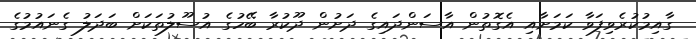
ގާއިމުކުރެވިފަވާ ކަަމަށާއި އެގޮތުން އާސަންދައިގެ ދަށުން ދޫކުރާ ބޭހުގެ އުސޫލުތަކަށް ބަދަލު ގެނައުމުގެ